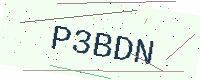
Text: P3BDN